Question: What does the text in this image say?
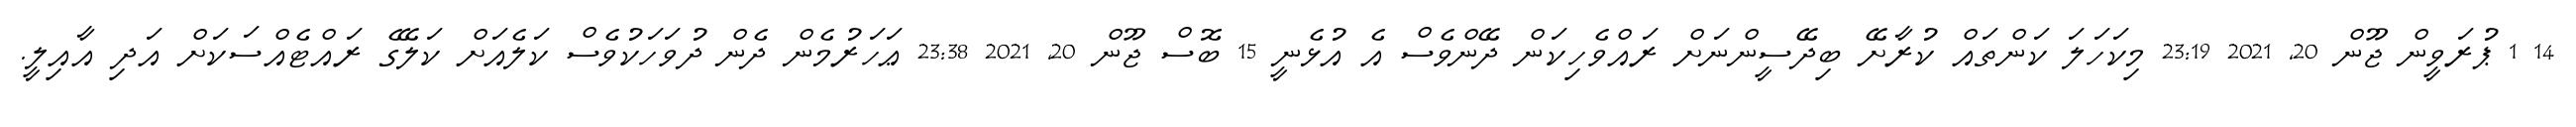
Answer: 14 1 ޕުރަވީން ޖޫން 20, 2021 23:19 މިކަހަލަ ކަންތައް ކުރާށޭ ބިދޭސީންނަށް ރައްވެހިކަން ދޭންވެސް އެ އުޅެނީ 15 ބޮސް ޖޫން 20, 2021 23:38 ޢަހަރުމެން ދެން ދުވަހަކުވެސް ކަލެއަށް ކަލޭގެ ރައްޓެއްސަކަށް އަދި އާއިލީ.